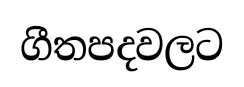
ගීතපදවලට